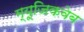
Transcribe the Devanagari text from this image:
म्यूजिकवेब